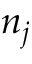
n _ { j }